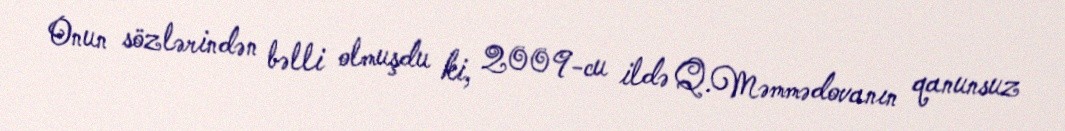
Onun sözlərindən bəlli olmuşdu ki, 2009-cu ildə Q.Məmmədovanın qanunsuz